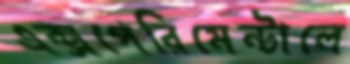
এক্সপেরিমেন্টালে